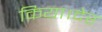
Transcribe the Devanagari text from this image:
किया।देर